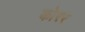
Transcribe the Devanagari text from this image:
कोरर